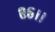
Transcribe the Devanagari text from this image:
८६।।